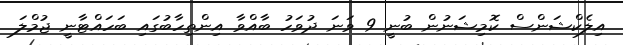
އިލެކްޝަންސް ކޮމިޝަނުން ބުނީ 9 ވަނަ ދުވަހު ބާއްވާ އިންތިހާބުގައި ބަހައްޓާނީ ޖުމްލަ